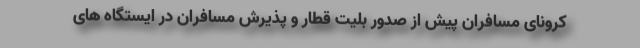
کرونای مسافران پیش از صدور بلیت قطار و پذیرش مسافران در ایستگاه های